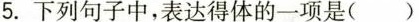
5.下列句子中，表达得体的一项是( )